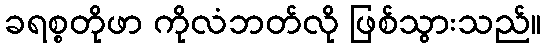
ခရစ္စတိုဖာ ကိုလံဘတ်လို ဖြစ်သွားသည်။